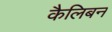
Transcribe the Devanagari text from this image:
कैलिबन